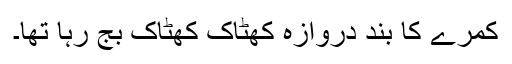
کمرے کا بند دروازہ کھٹاک کھٹاک بج رہا تھا۔